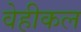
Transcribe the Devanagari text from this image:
वेहीकल